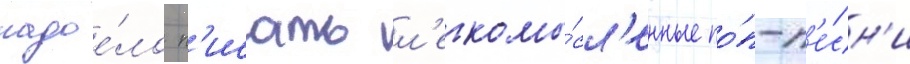
надое́ло п'исать л'егкомы́сл'енные по́п-п'е́сн'и